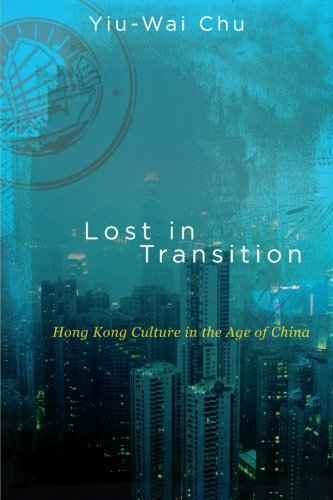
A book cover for Lost in Transition: Hong Kong Culture in the Age of China (SUNY series in Global Modernity); Yiu-Wai Chu; History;